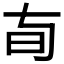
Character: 𬀦